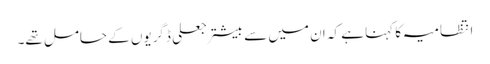
انتظامیہ کا کہنا ہے کہ ان میں سے بیشتر جعلی ڈگریوں کے حامل تھے۔